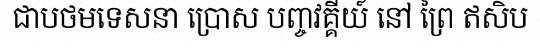
ជាបថមទេសនា ប្រោស បញ្ចវគ្គីយ៍ នៅ ព្រៃ ឥសិប